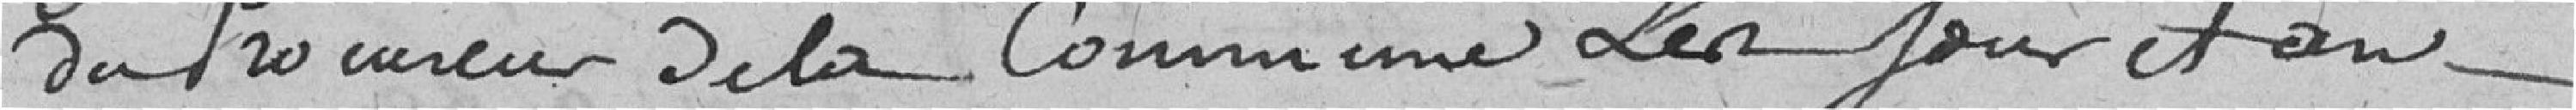
du Procureur de la Commune Les jours et ans